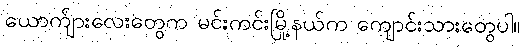
ယောက်ျားလေးတွေက မင်းကင်းမြို့နယ်က ကျောင်းသားတွေပါ။